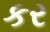
કર